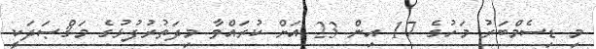
މި ޑިސެމްބަރު މަހުގެ 17 އިން 23 އަށް ކުރައްވާ މިދަތުރުފުޅުގެ މަޤްޞަދަކީ